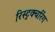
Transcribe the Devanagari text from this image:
रिस्ट्रक्चरिंग